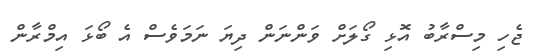
ޖެހި މިސްރާބު އޮޅި ގޯލަށް ވަންނަން ދިޔަ ނަމަވެސް އެ ބޯޅަ އިމްރާން